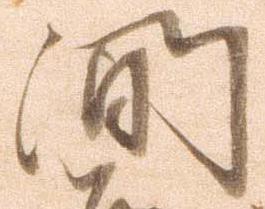
間